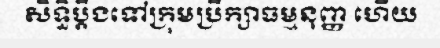
សិទ្ធិប្តឹងទៅក្រុមប្រឹក្សាធម្មនុញ្ញ ហើយ